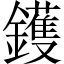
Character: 鑊